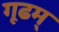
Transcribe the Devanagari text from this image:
गूढम्